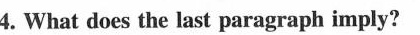
4. What does the last paragraph imply?